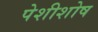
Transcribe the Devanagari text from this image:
पेशीशोष